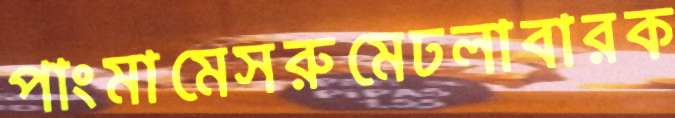
পাংমামেসরুমেঢলাবারক